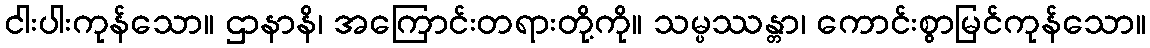
ငါးပါးကုန်သော။ ဌာနာနိ၊ အကြောင်းတရားတို့ကို။ သမ္ပဿန္တာ၊ ကောင်းစွာမြင်ကုန်သော။